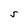
Character: S